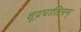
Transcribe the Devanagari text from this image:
शूद्रघातिनम्